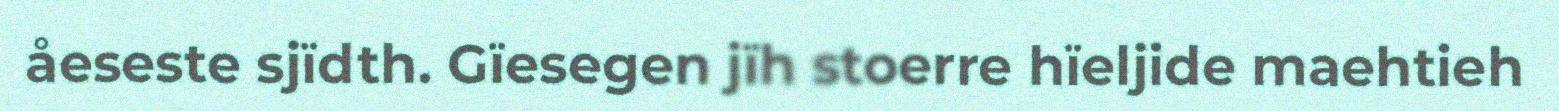
åeseste sjïdth. Gïesegen jïh stoerre hïeljide maehtieh